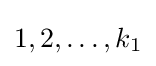
1,2,\ldots ,k_{1}